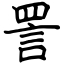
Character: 詈